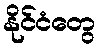
နိုင်ငံတွေ